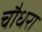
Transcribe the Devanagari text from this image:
चौधरा